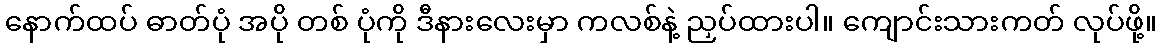
နောက်ထပ် ဓာတ်ပုံ အပို တစ် ပုံကို ဒီနားလေးမှာ ကလစ်နဲ့ ညှပ်ထားပါ။ ကျောင်းသားကတ် လုပ်ဖို့။